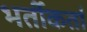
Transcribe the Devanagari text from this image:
भर्तीकर्ता